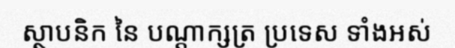
ស្ថាបនិក នៃ បណ្តាក្សត្រ ប្រទេស ទាំងអស់